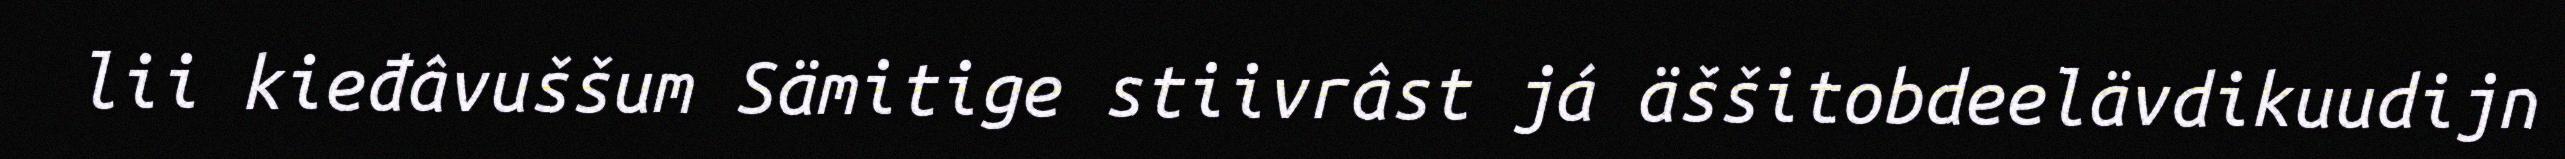
lii kieđâvuššum Sämitige stiivrâst já äššitobdeelävdikuudijn